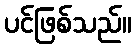
ပင်ဖြစ်သည်။